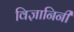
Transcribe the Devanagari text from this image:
विज्ञानिनी